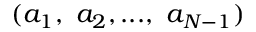
( a _ { 1 } , \ a _ { 2 } , . . . , \ a _ { N - 1 } )